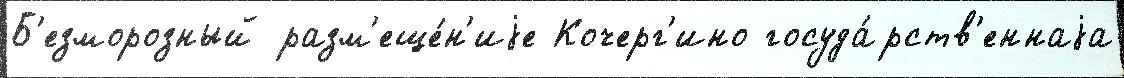
Б'езморозный разм'еще́н'иjе Кочерг'ино госуда́рств'еннаjа